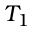
T _ { 1 }